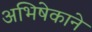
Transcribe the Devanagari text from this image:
अभिषेकाने